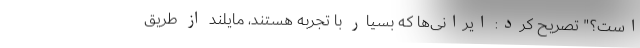
است؟" تصریح کرد: ایرانی‌ها که بسیار با تجربه هستند، مایلند از طریق